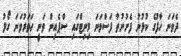
ދެވަނަ ހާފުގެ ކުޅުނު ފެށުނުތާ ފަސްވަނަ މިނިޓްގައި ސްޕެއިން ވަނީ ހަތަރުވަނަ ގޯލު